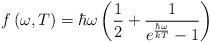
\begin{align*}f\left( \omega ,T\right) =\hbar \omega \left( \frac 12+\frac 1{ e^{\frac{\hbar \omega }{kT}}-1 }\right)\end{align*}